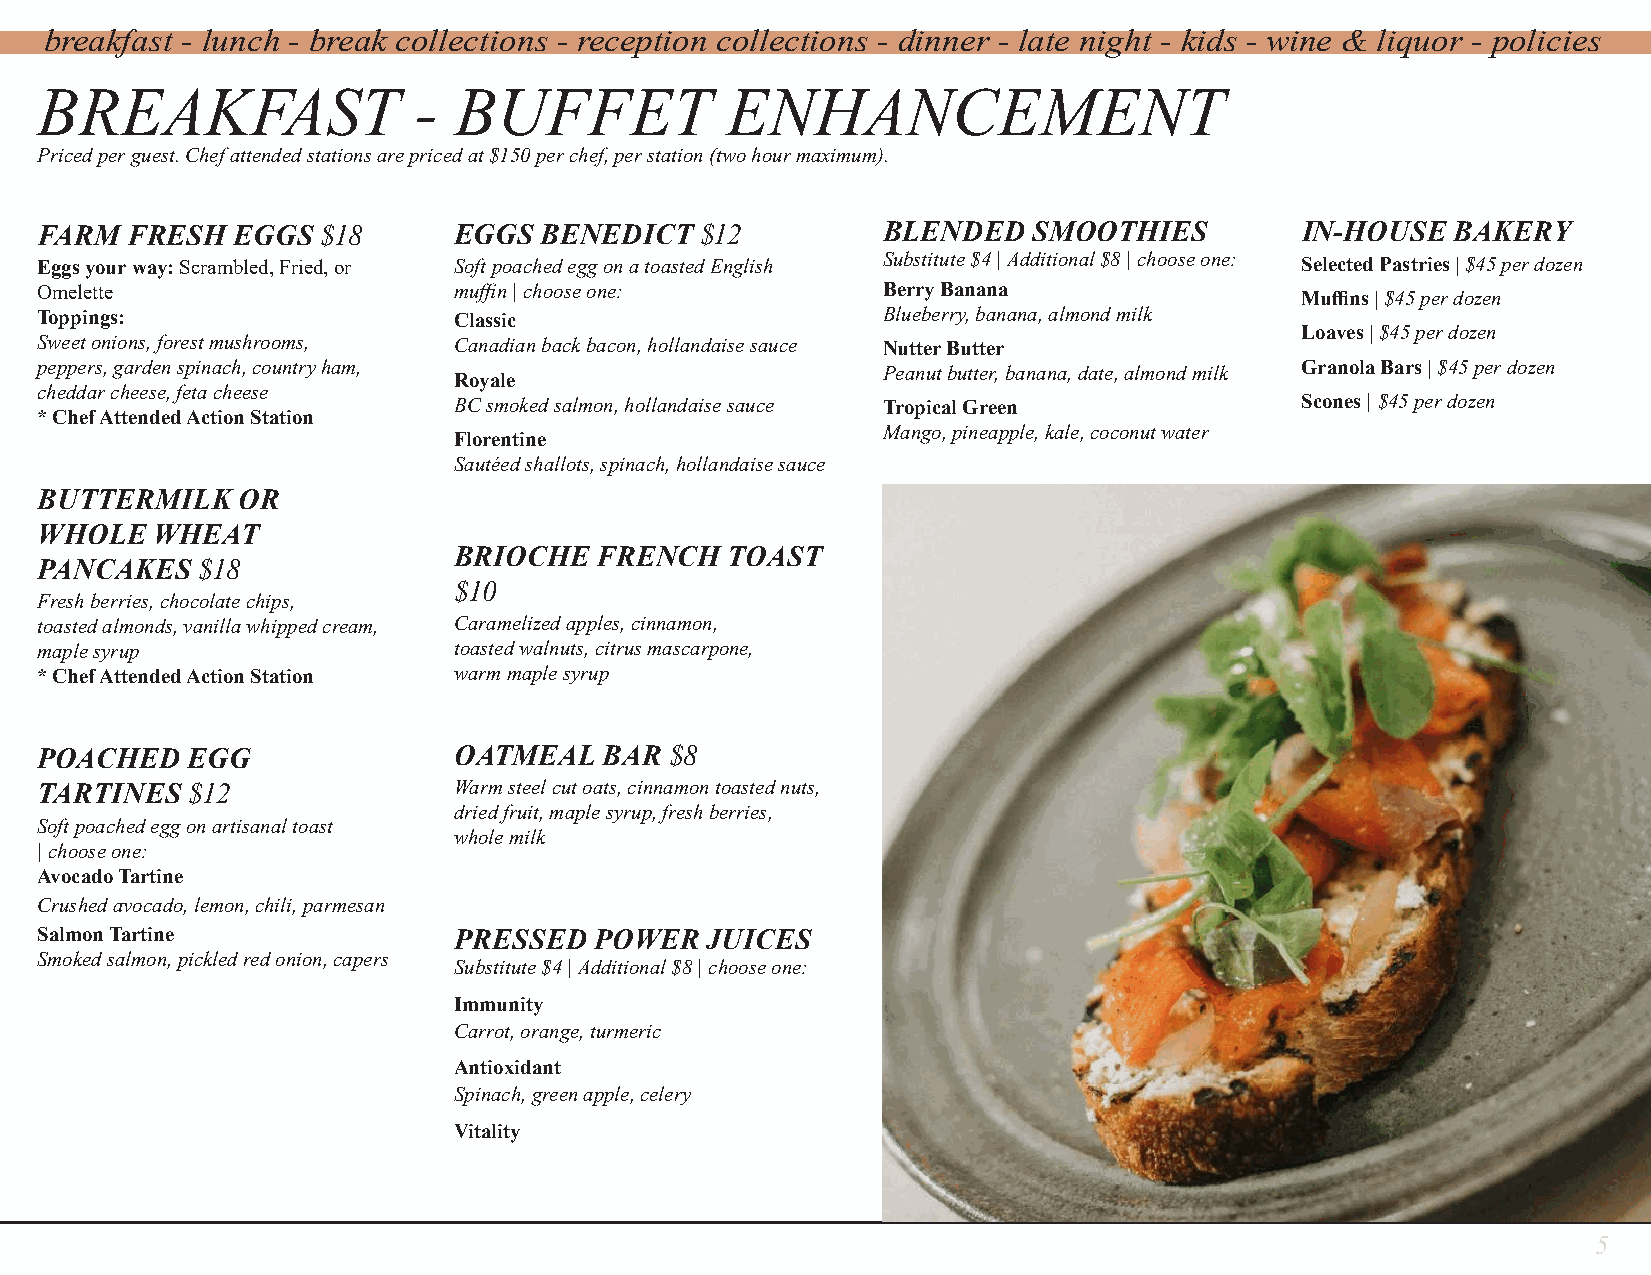
breakfast - lunch - break collections - reception collections - dinner - late night - kids - wine & liquor - policies
 BREAKFAST                -  BUFFET            ENHANCEMENT
 Priced per guest. Chef attended stations are priced at $150 per chef, per station (two hour maximum).
 FARM  FRESH  EGGS  $18      EGGS  BENEDICT  $12         BLENDED   SMOOTHIES         IN-HOUSE  BAKERY
 Eggs your way: Scrambled, Fried, or Soft poached egg on a toasted English Substitute $4 | Additional $8 | choose one: Selected Pastries | $45 per dozen
 Omelette                    muffin | choose one:        Berry Banana                Muffins | $45 per dozen
 Toppings:                   Classic                     Blueberry, banana, almond milk
 Loaves | $45 per dozen
 Sweet onions, forest mushrooms, Canadian back bacon, hollandaise sauce Nutter Butter
 peppers, garden spinach, country ham,                   Peanut butter, banana, date, almond milk Granola Bars | $45 per dozen
 Royale
 cheddar cheese, feta cheese
 BC smoked salmon, hollandaise sauce Tropical Green      Scones | $45 per dozen
 * Chef Attended Action Station
 Mango, pineapple, kale, coconut water
 Florentine
 Sautéed shallots, spinach, hollandaise sauce
 BUTTERMILK    OR
 WHOLE   WHEAT
 BRIOCHE   FRENCH  TOAST
 PANCAKES   $18
 $10
 Fresh berries, chocolate chips,
 toasted almonds, vanilla whipped cream, Caramelized apples, cinnamon,
 maple syrup                 toasted walnuts, citrus mascarpone,
 * Chef Attended Action Station warm maple syrup
 POACHED   EGG               OATMEAL   BAR $8
 TARTINES  $12               Warm steel cut oats, cinnamon toasted nuts,
 dried fruit, maple syrup, fresh berries,
 Soft poached egg on artisanal toast
 whole milk
 | choose one:
 Avocado Tartine
 Crushed avocado, lemon, chili, parmesan
 Salmon Tartine              PRESSED  POWER   JUICES
 Smoked salmon, pickled red onion, capers
 Substitute $4 | Additional $8 | choose one:
 Immunity
 Carrot, orange, turmeric
 Antioxidant
 Spinach, green apple, celery
 Vitality
 5